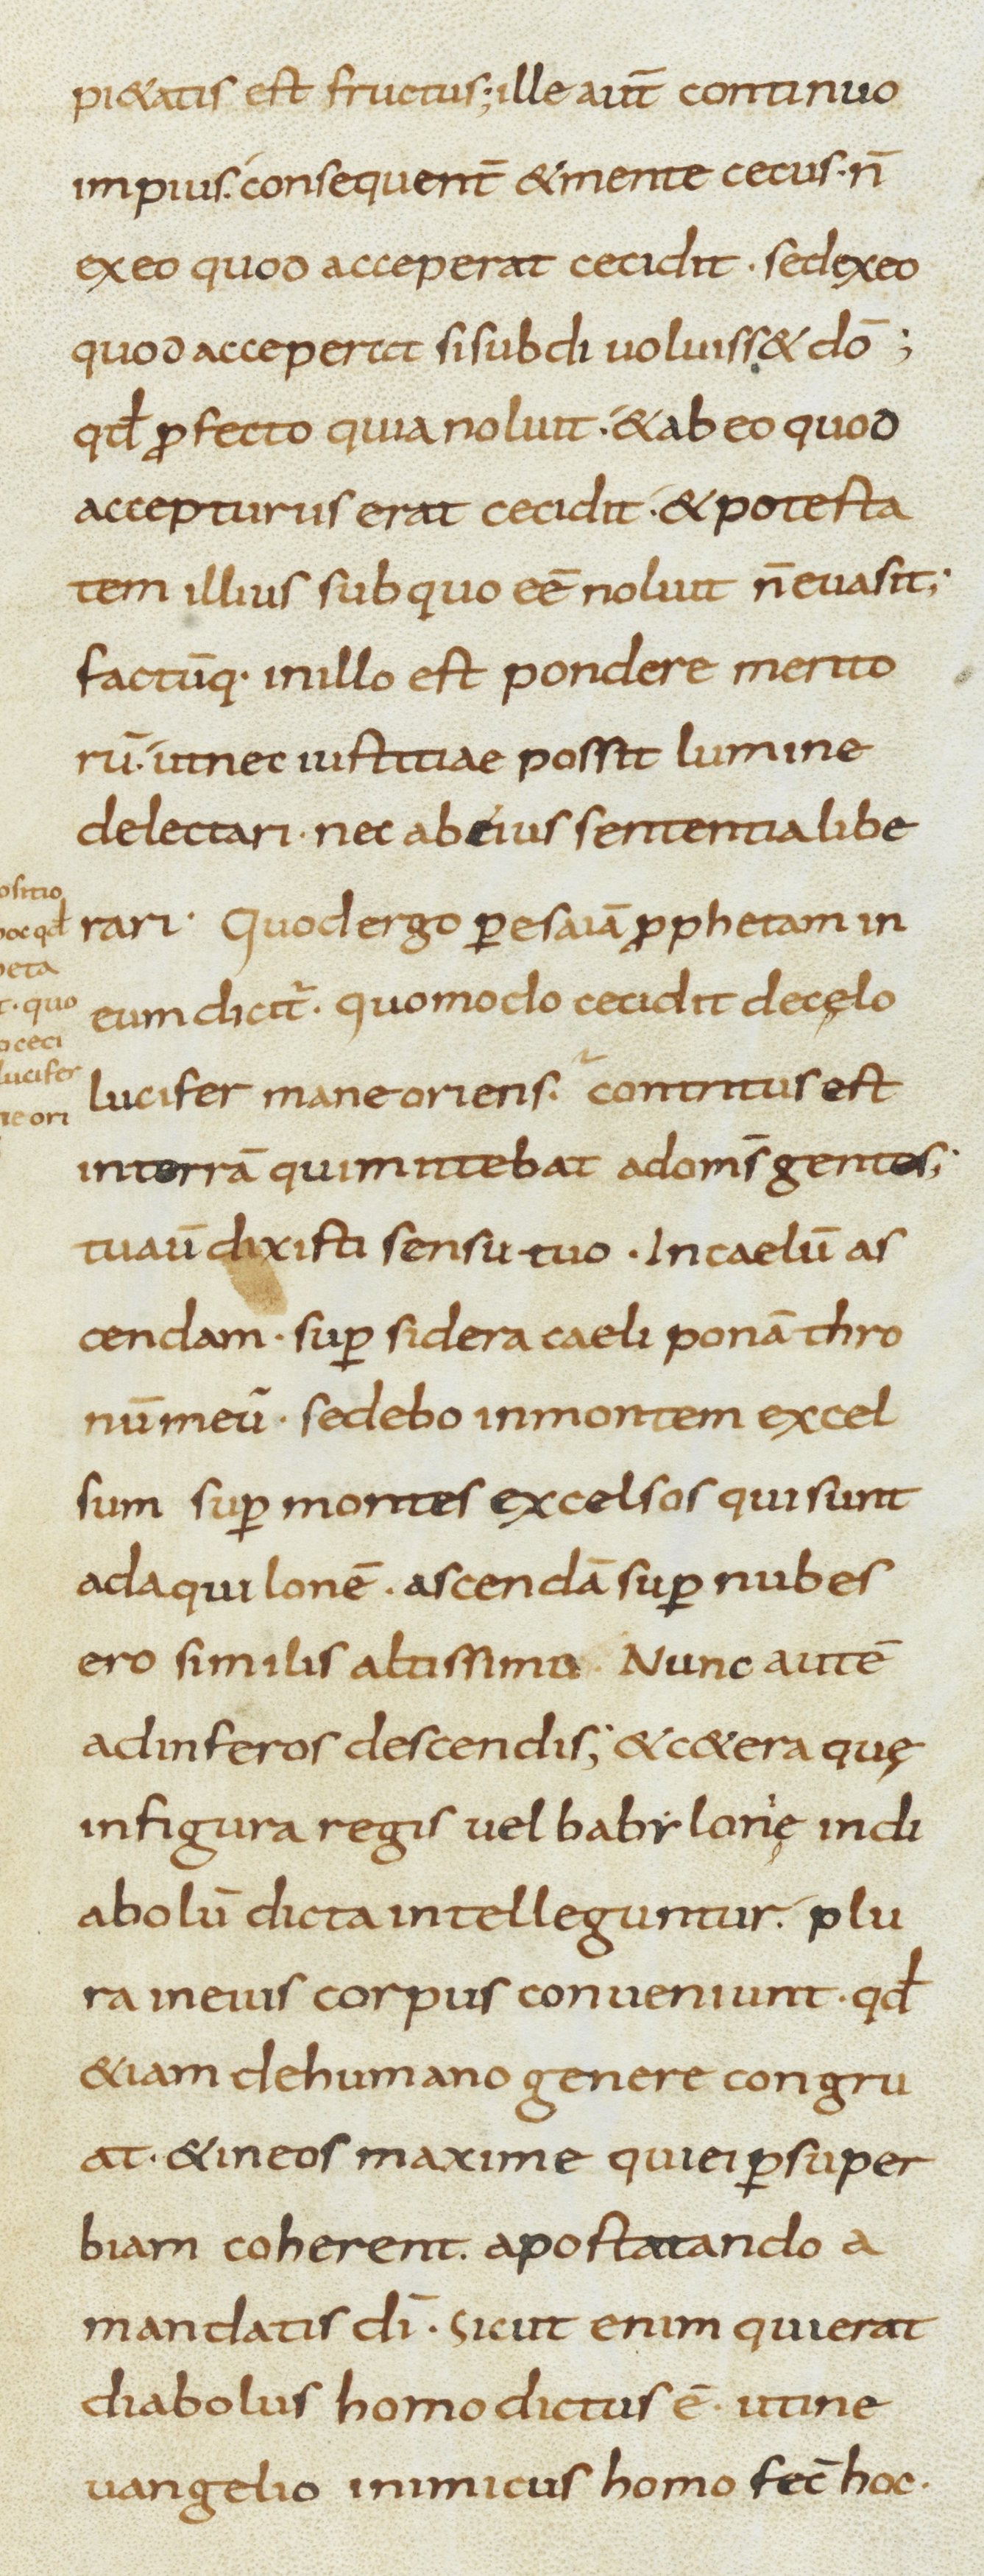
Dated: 800–899